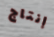
إنتاج